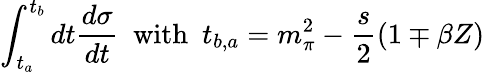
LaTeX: \int_{t_{a}}^{t_{b}}dt\frac{d\sigma}{dt}\ \ \mathrm{with}\ \ t_{b,a}=m_{\pi}^{2}-\frac{s}{2}(1\mp\beta Z)